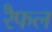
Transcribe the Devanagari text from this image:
रैफल